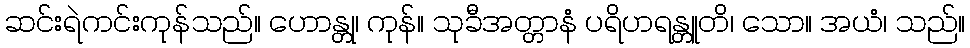
ဆင်းရဲကင်းကုန်သည်။ ဟောန္တု၊ ကုန်။ သုခီအတ္တာနံ ပရိဟရန္တူတိ၊ သော။ အယံ၊ သည်။